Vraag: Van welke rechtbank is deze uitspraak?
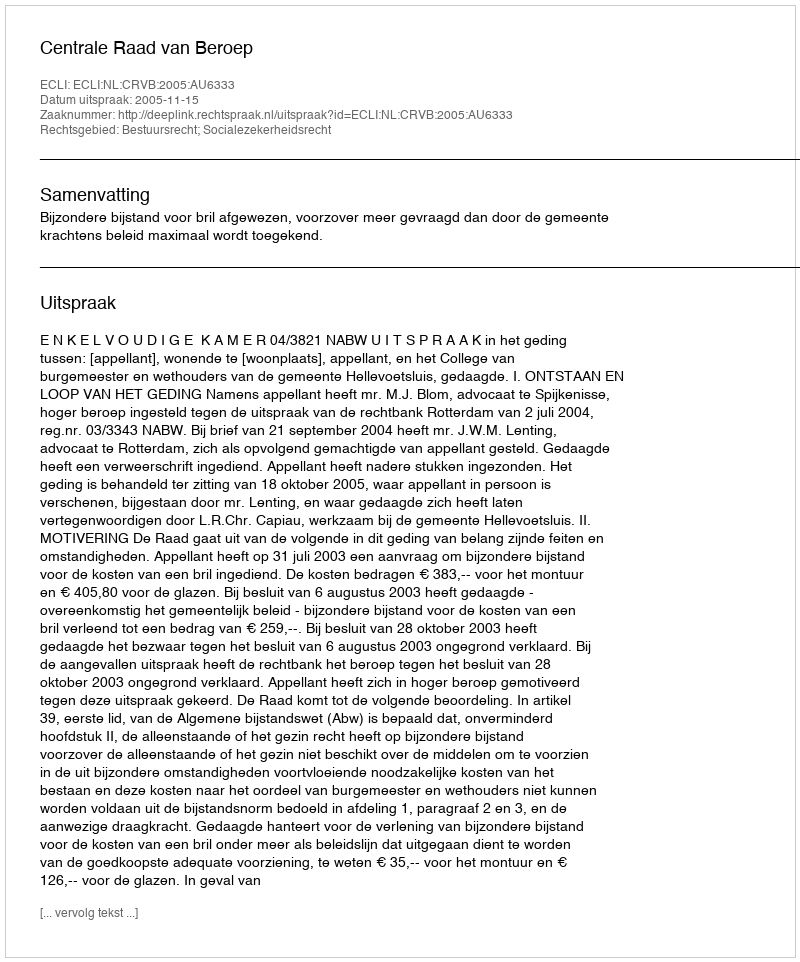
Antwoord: Centrale Raad van Beroep